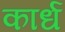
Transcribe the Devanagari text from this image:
कार्ध